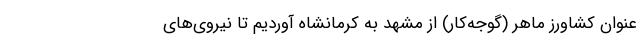
عنوان کشاورز ماهر (گوجه‌کار) از مشهد به کرمانشاه آوردیم تا نیروی‌های